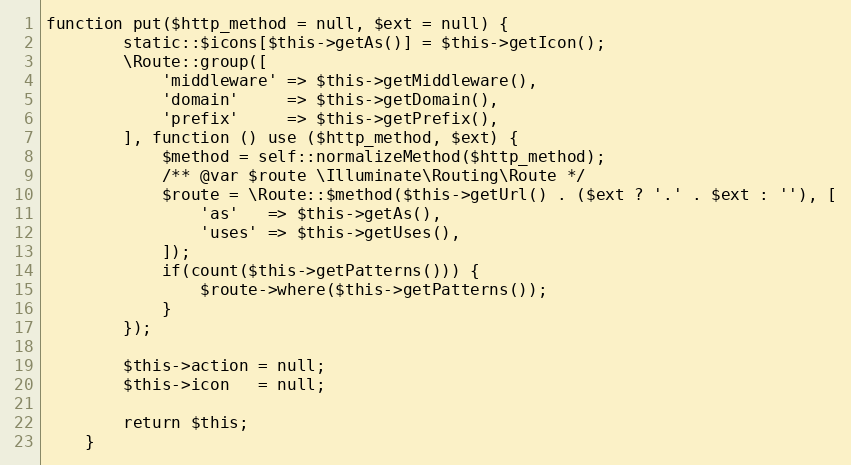
Language: PHP
function put($http_method = null, $ext = null) {
        static::$icons[$this->getAs()] = $this->getIcon();
        \Route::group([
            'middleware' => $this->getMiddleware(),
            'domain'     => $this->getDomain(),
            'prefix'     => $this->getPrefix(),
        ], function () use ($http_method, $ext) {
            $method = self::normalizeMethod($http_method);
            /** @var $route \Illuminate\Routing\Route */
            $route = \Route::$method($this->getUrl() . ($ext ? '.' . $ext : ''), [
                'as'   => $this->getAs(),
                'uses' => $this->getUses(),
            ]);
            if(count($this->getPatterns())) {
                $route->where($this->getPatterns());
            }
        });

        $this->action = null;
        $this->icon   = null;

        return $this;
    }